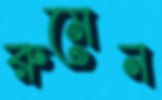
রুমেন